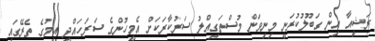
ރަޝިއާ އިން ގަބޫލުކުރަނީ މިނިވަން މުސްތަގިއްލު ސަރުކާރަކަށް އެމީހުންގެ ސަރަހައްދީ އިމުގެ ތެރޭގައި